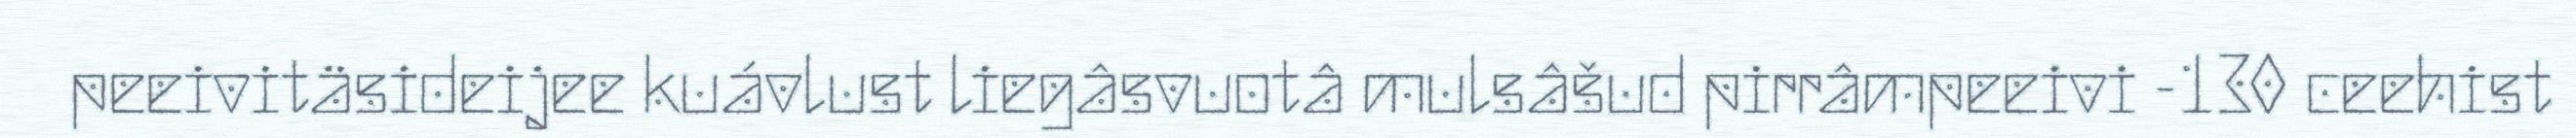
peeivitäsideijee kuávlust liegâsvuotâ mulsâšud pirrâmpeeivi -130 ceehist